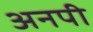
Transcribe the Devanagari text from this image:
अनपी